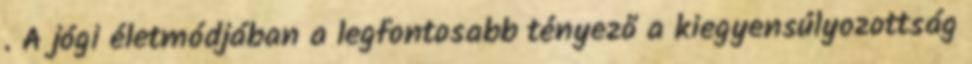
. A jógi életmódjában a legfontosabb tényező a kiegyensúlyozottság